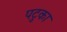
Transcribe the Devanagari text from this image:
पटुका